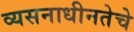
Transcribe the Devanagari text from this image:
व्यसनाधीनतेचे